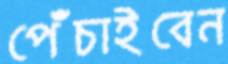
পেঁচাইবেন